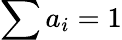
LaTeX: \sum a_{i}=1